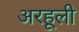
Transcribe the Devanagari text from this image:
अरहूली